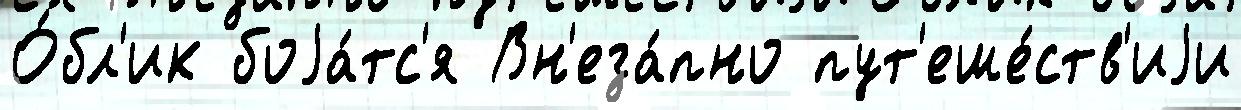
О́бл'ик боjа́тс'я Вн'еза́пно пут'еше́ств'иjи